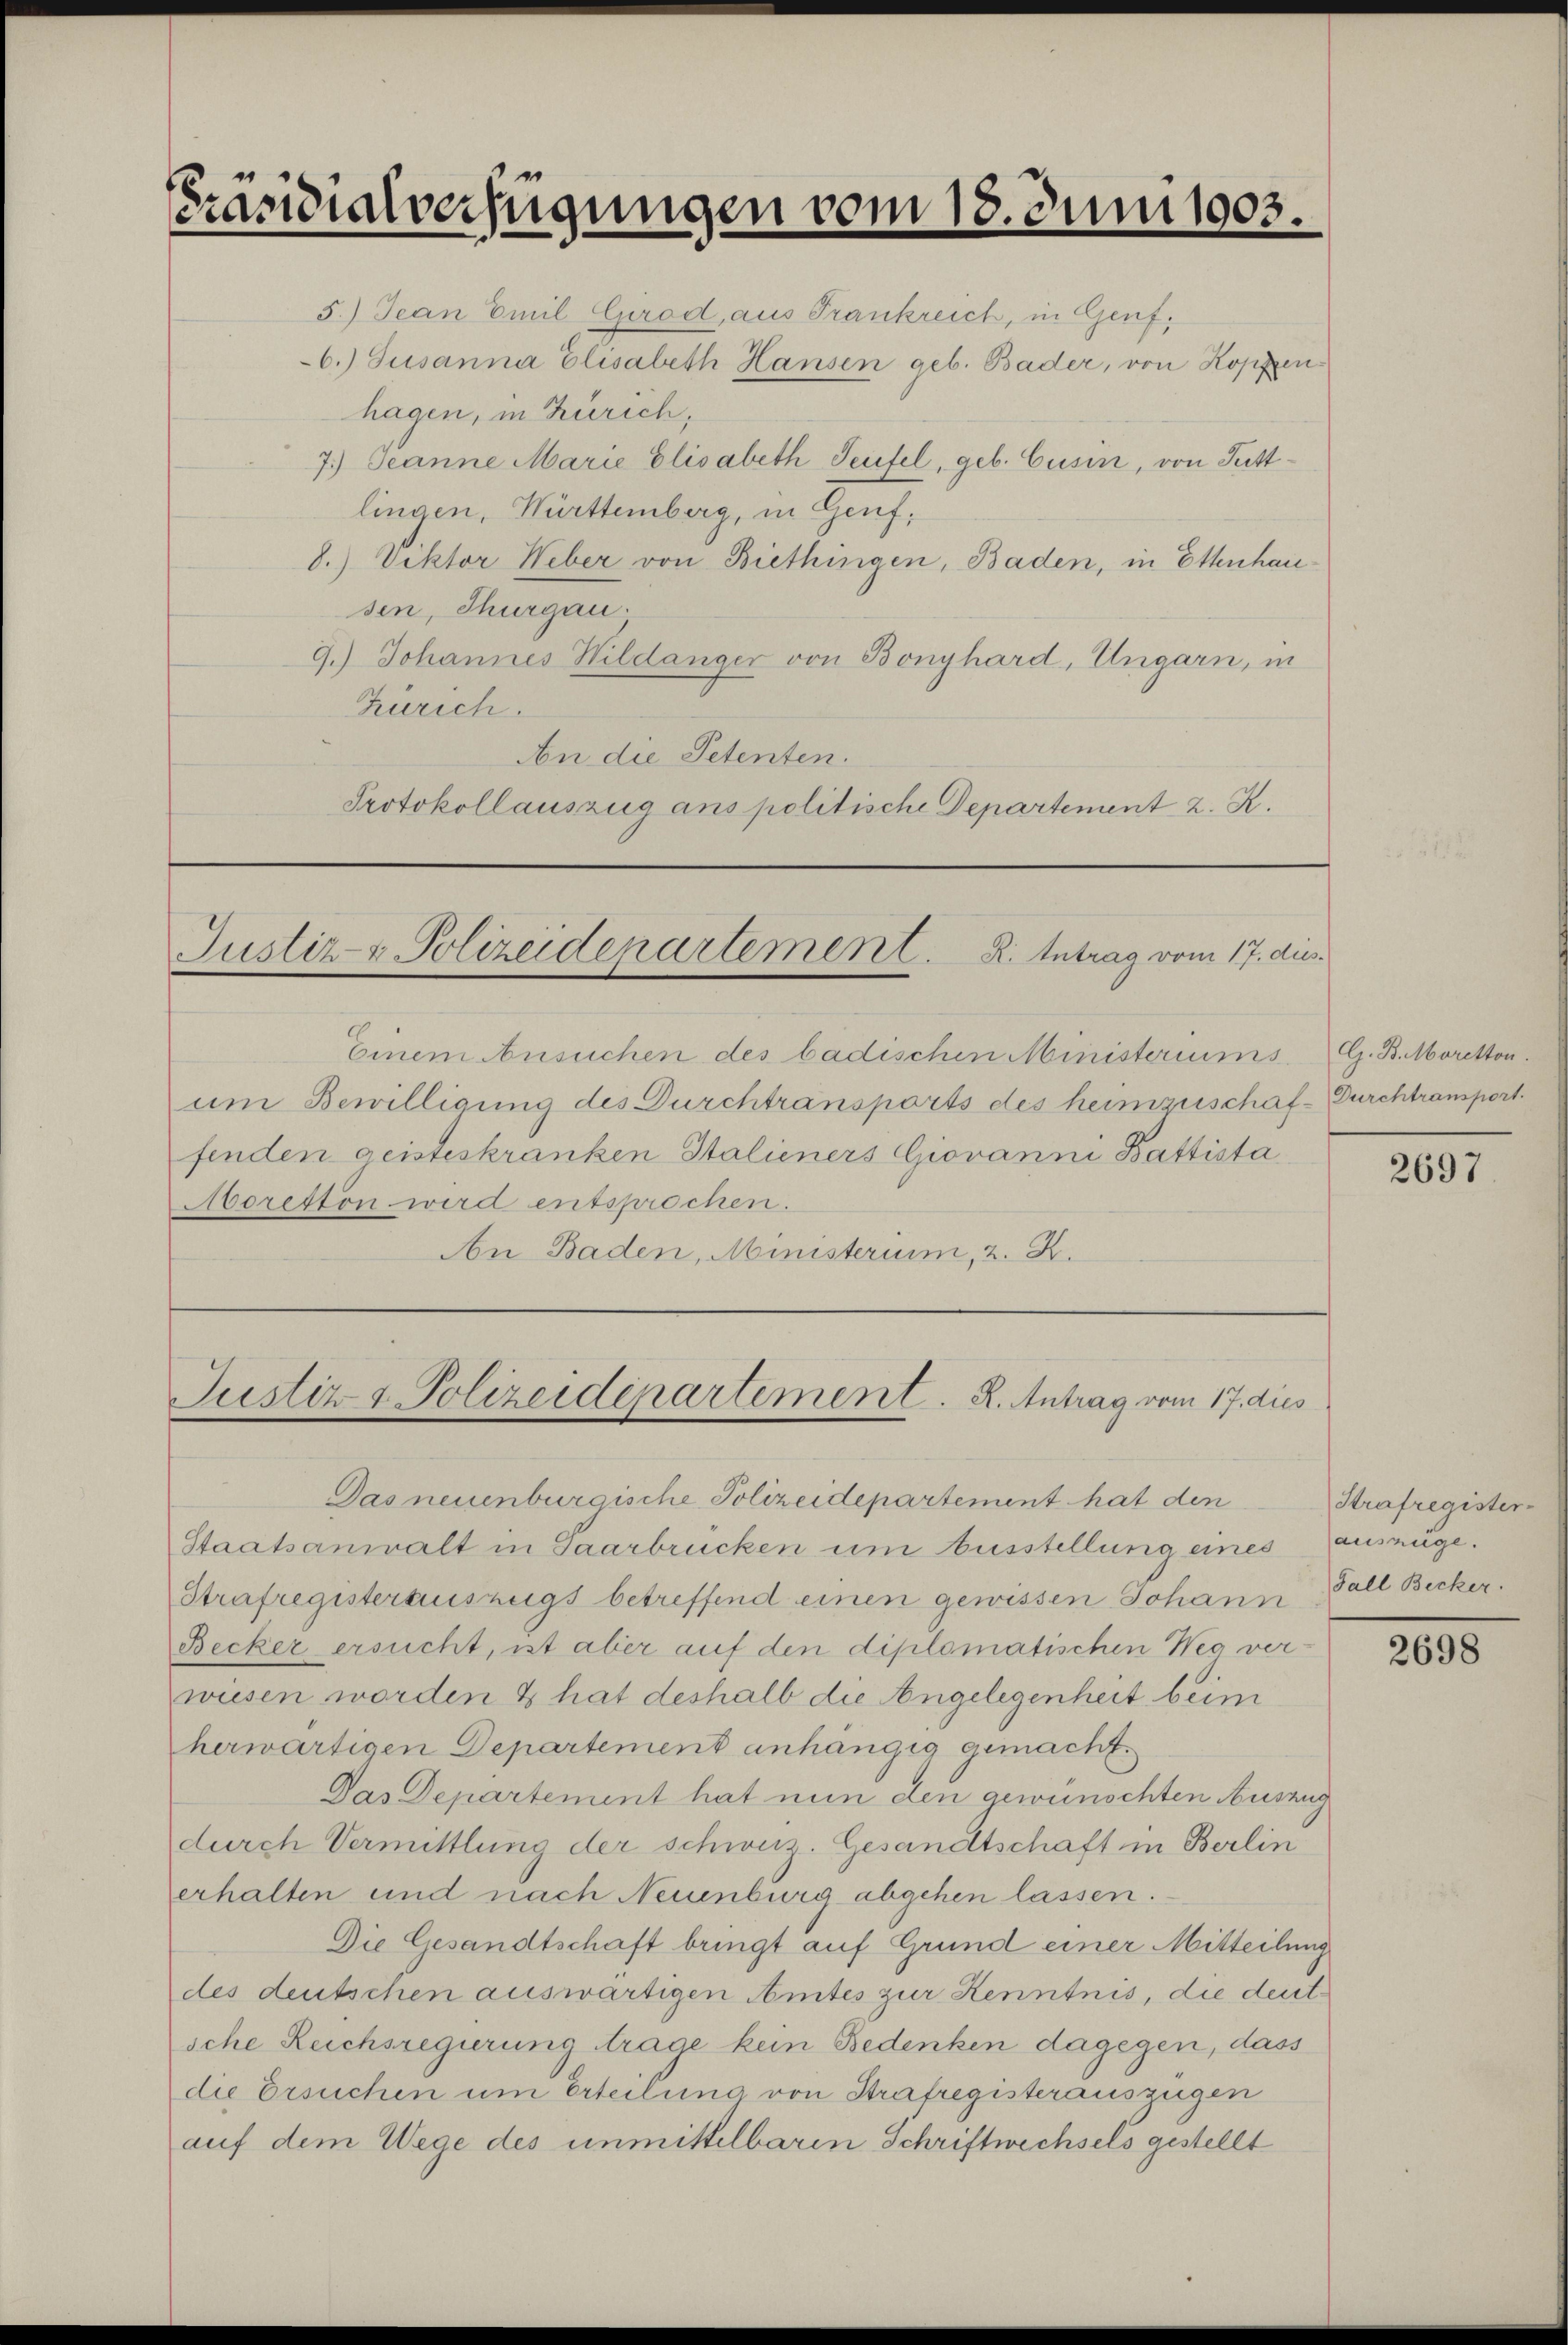
Präsidialverfügungen vom 18. Juni 1903.

5.) Jean Emil Girod, aus Trankreich, in Genf.
6. Susanna Elisabeth Hansen geb. Bader, von Koppenhagen, in Zürich,
7.) Jeanne Marie Elisabeth Seufel, geb. Cusin, von Tuttlingen, Württemberg, in Genf,
8.) Viktor Weber von Biethingen, Baden, in Ettenhausen, Thurgau.
9.) Johannes Wildanger von Bonghard, Ungarn, in
Zürich.
An die Petenten.
Protokollauszug ans politische Departement z. R.

Justiz- & Polizeidepartement. K. Antrag vom 17. dies

Justiz & Polizeidepartement. R. Antrag vom 17. dies

Einem Ansuchen des badischen Ministeriums. G. B. Moretton.
um Bewilligung des Durchtransports des heimzuschaf- Durchtransport.
fenden geisteskranken Stalieners Giovanni Battista
Aoretton wird entsprochen.
An Baden, Ministerium, 2. K.

Das neuenburgische Polizeidepartement hat den
Staatsanwalt in Saarbrücken um Ausstellung eines auszüge.
Strafregisterauszugs betreffend einen gewissen Johann Fall Becker.
Becker ersucht, ist aber auf den diplomatischen Weg ver-
wusen worden & hat deshalb die Angelegenheit beim
herwärtigen Departement anhängig gemacht.
Das Departement hat nun den gewünschten Auszug
durch Vermittlung der schweiz. Gesandtschaft in Berlin
erhalten und nach Neuenburg abgehen lassen.
Die Gesandtschaft bringt auf Grund einer Mitteilung
des deutschen auswärtigen Amtes zur Kenntnis, die deutsche Reichsregierung trage kein Bedenken dagegen, dass
die Ersuchen um Erteilung von Strafregisterauszügen
auf dem Wege des unmittelbaren Schriftwechsels gestellt

2697.

Strafregister-

2698